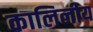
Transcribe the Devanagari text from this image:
कालिलीय